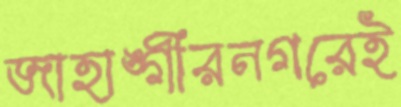
জাহাঙ্গীরনগরেই